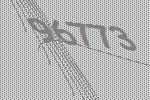
96773